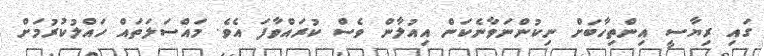
ގައި ރިޔާސީ އިންތިހާބަށް ނިކުންނަވާނެކަން އިއުލާން ވެސް ކުރައްވާފަ އެވެ. މައްސަލަތައް ހައްލުކުރުމަށް